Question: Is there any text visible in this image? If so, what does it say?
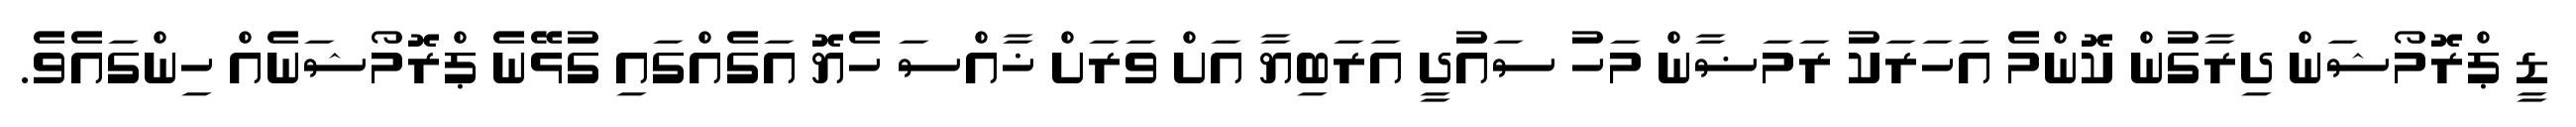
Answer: ޑީ ޕްރޮމޯޝަން ދިރާގުން ކޮންމެ އަހަރަކު ރަމަޟާން މަހު ސައުދީ އަރަބިޔާ އަށް ވަރަށް ޚާއްސަ ހެޔޮ އަގެއްގައި ގުޅޭނެ ޕްރޮމޯޝަނެއް ހިންގައެވެ.